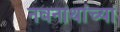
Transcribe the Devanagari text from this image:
नवनाथांच्या